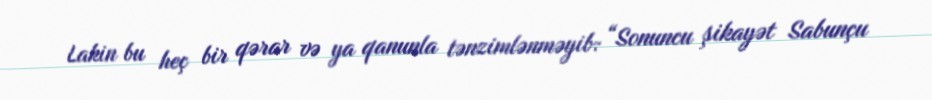
Lakin bu heç bir qərar və ya qanunla tənzimlənməyib: “Sonuncu şikayət Sabunçu